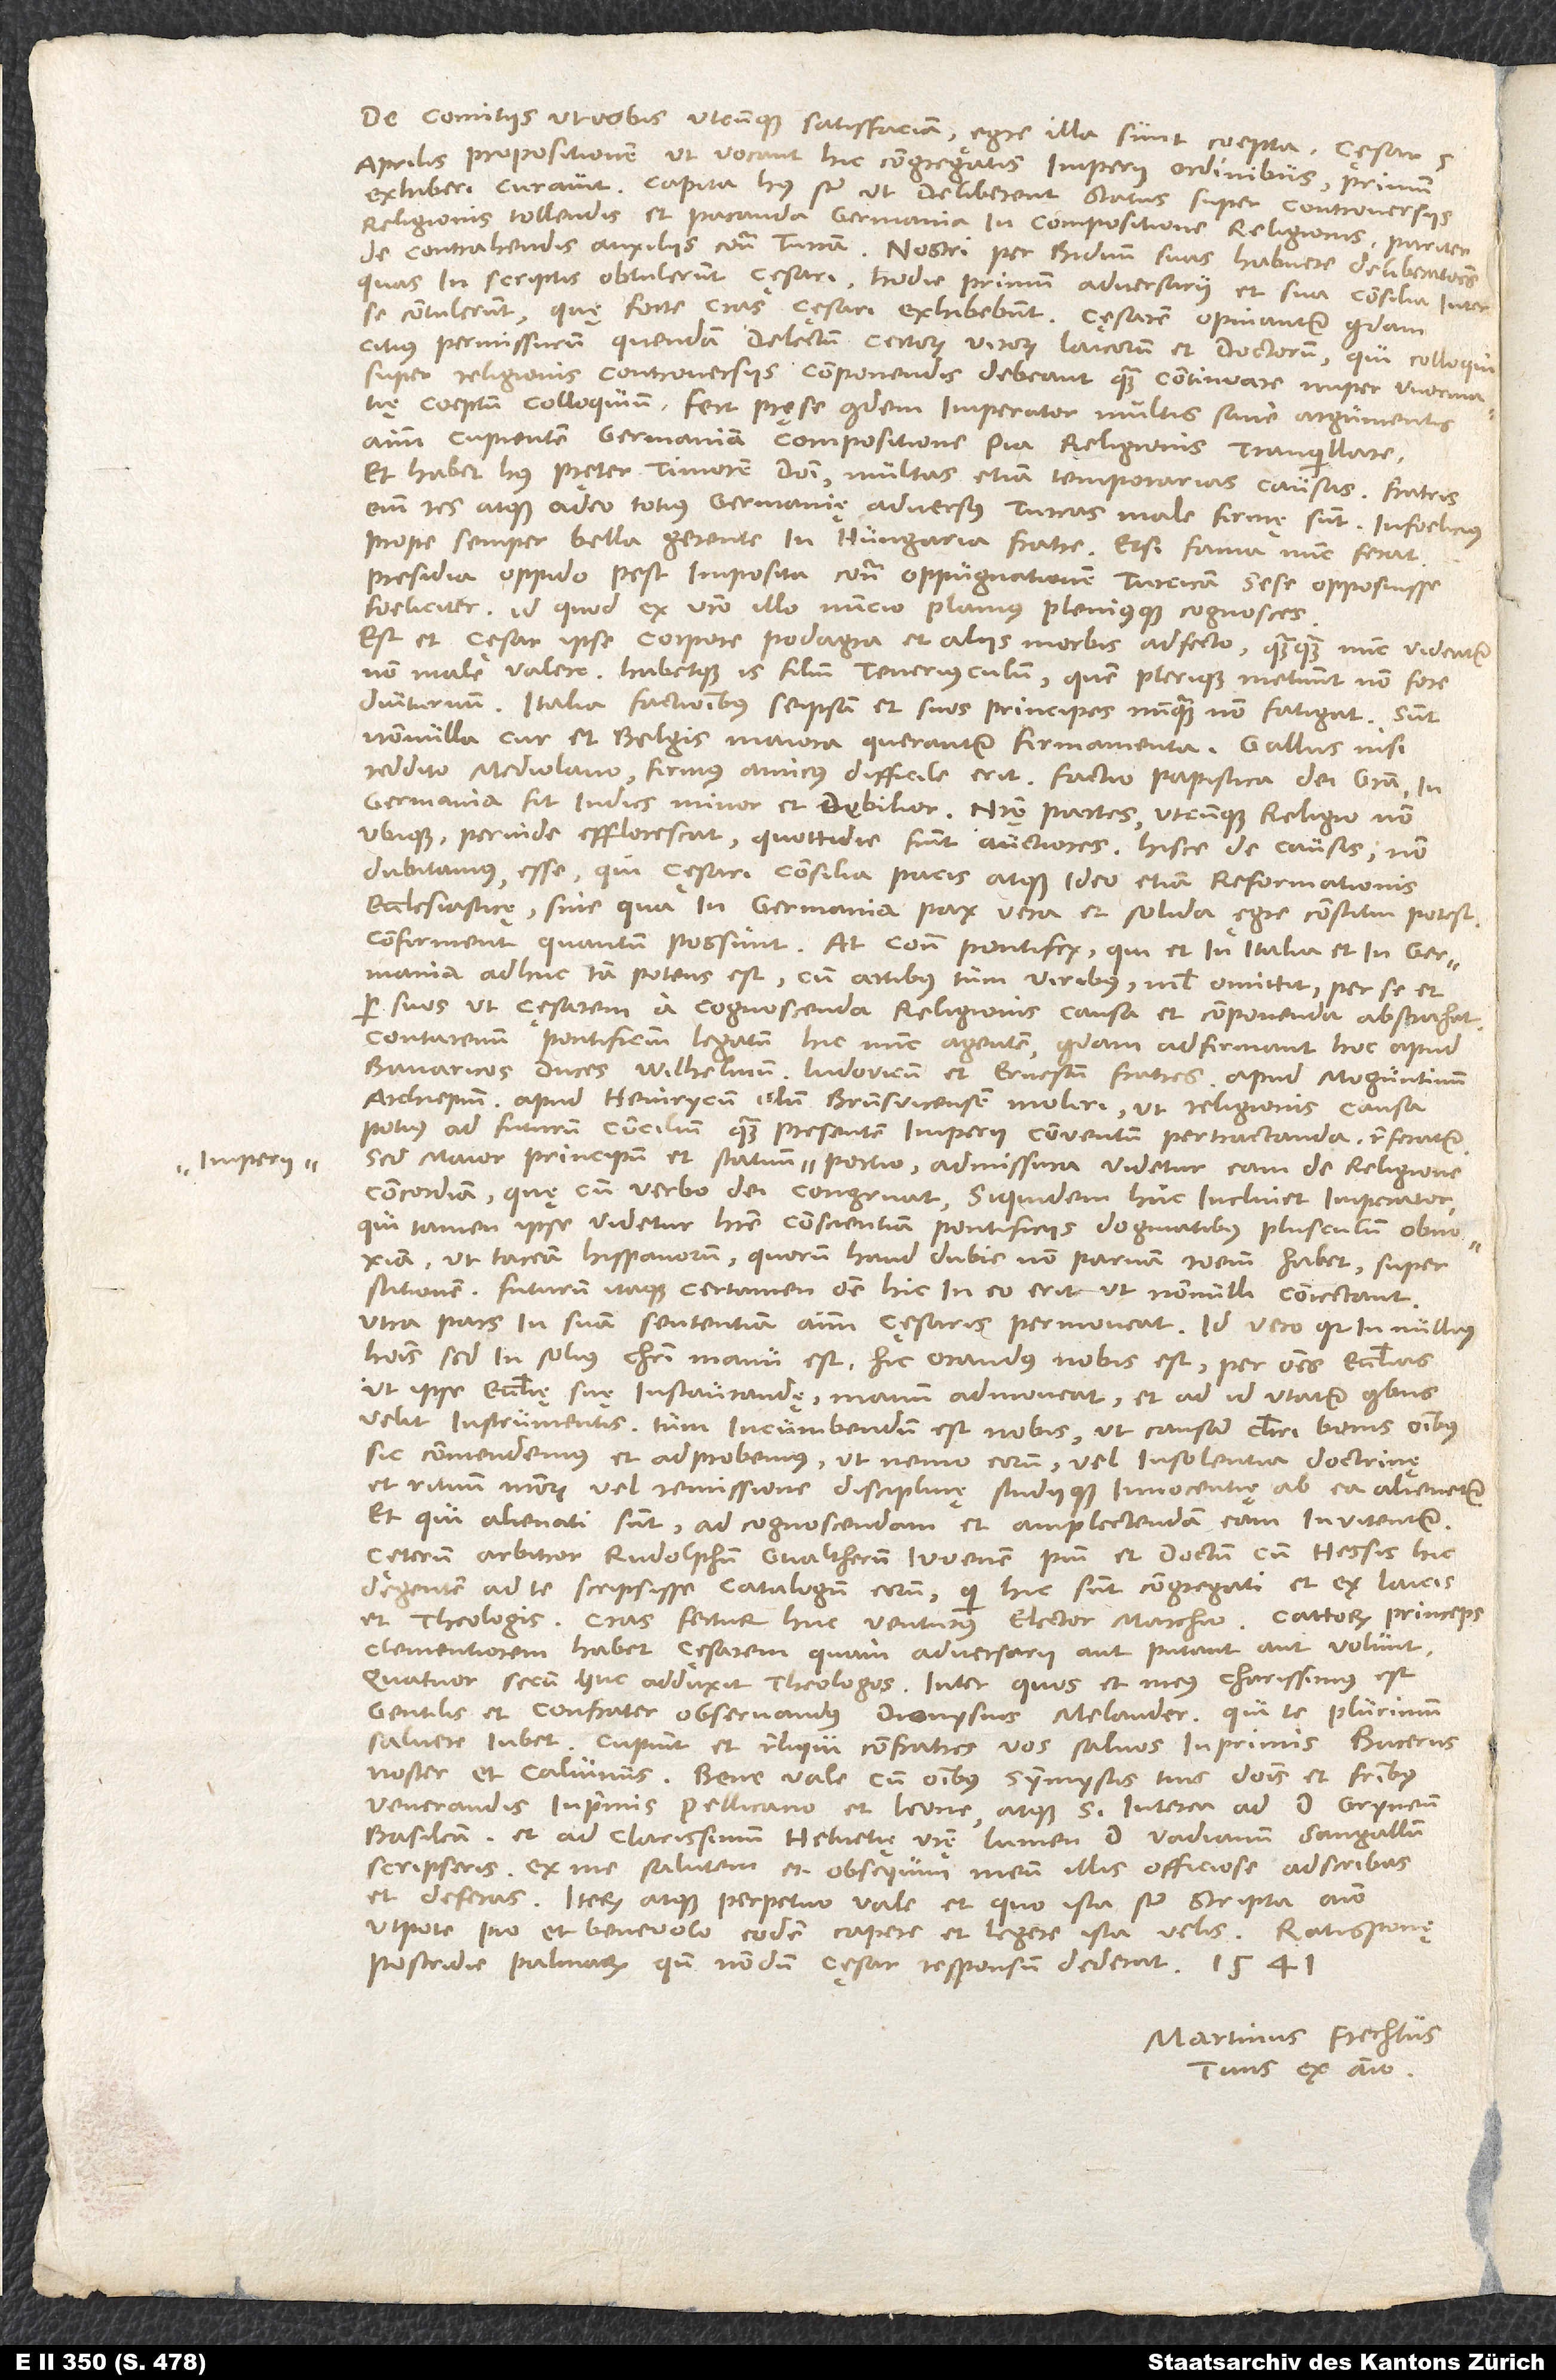
De comitiis ut vobis utcunque satisfaciam: Ęgre illa sunt coepta. Cęsar 5.
aprilis propositionem, ut vocant, hic congregatis imperii ordinibus primum
exhiberi curavit. Capita huius sunt, ut deliberent status super controversiis
religionis tollendis et pacanda Germania in compositione religionis, pariter
de contrahendis auxiliis contra Turcam. Nostri per biduum suas habuere deliberationes,
quas in scriptis obtulerunt cęsari. Hodie primum adversarii et sua consilia inter
se contulerunt, quę forte cras cęsari exhibebunt. Cęsarem opinantur quidam
citius permissurum quendam delectum certorum virorum laicorum et doctorum, qui colloqui
super religionis controversiis componendis debeant, quam continuare nuper Wormatię
coeptum colloquium. Fert prę se quidem imperator multis sane argumentis
animum cupientem Germaniam compositione pia religionis tranquillare
et habet huius pręter timorem domini multas etiam temporarias causas. Fratris
enim res atque adeo totius Germanię adversus Turcas male firmę sunt infoelicius
prope semper bella gerente in Hungaria fratre, etsi fama nunc ferat
presidia oppido Pest imposita contra oppugnationem Turcicam sese opposuisse
foeliciter, id quod ex vestro illo nuncio planius pleniusque cognosces.
Est et cęsar ipse corpore podagra et aliis morbis adfecto, quanquam nunc videatur
non male valere, habetque is filium teneriusculum, quem plerique metuunt non fore
diuturnum. Italia factionibus seipsam et suos principes nunquam non fatigat. Sunt
nonnulla, cur et Belgis maiora querantur firmamenta. Gallus nisi
reddito Mediolano firmus amicus difficile erit. Factio papistica dei gratia in
Germania fit indies minor et debilior. Nostrę partes, utcunque religio non
ubique perinde efflorescat, quottidie fiunt auctiores. Hisce de causis non
dubitamus esse, qui cęsari consilia pacis atque ideo etiam reformationis
ecclesiasticę, sine qua in Germania pax vera et solida ęgre constitui potest,
confirment, quantum possunt. At contra pontifex, qui et in Italia et in Germania
adhuc tam potens est, cum artibus tum viribus nihil omittit per se et
per suos, ut cęsarem a cognoscenda religionis causa et componenda abstrahat.
Contarenum pontificium legatum hic nunc agentem quidam adfirmant hoc apud
Bavaricos duces Wilhelmum, Ludovicum et Ernestum fratres, apud Moguntinum
archiepiscopum, apud Heinrycum illum Brunsvicensem moliri, ut religionis causa
potius ad futurum concilium quam presentem imperii conventum pertractanda referatur.
Sed maior principum et statuum imperii portio admissura videtur eam de religione
concordiam, quę cum verbo dei congruat, siquidem huc inclinet imperator,
qui tamen ipse videtur habere conscientiam pontificiis dogmatibus plusculum obnoxiam,
ut taceam Hispanorum, quorum haud dubie non parvam rationem habet, superstitionem.
Futurum itaque certamen omne hic in eo erit, ut nonnulli coniectant,
utra pars in suam sententiam animum cęsaris permoveat. Id vero quia in nullius
hominis, sed in solius Christi manu est, hic orandus nobis est per omnes ecclesias,
ut ipse ecclesię suę instaurandę manum admoveat et ad id utatur, quibus
velit, instrumentis. Tum incumbendum est nobis, ut causam Christi bonis omnibus
sic commendemus et adprobemus, ut nemo eorum vel insolentia doctrinę
et rituum nostrorum vel remissione disciplinę studiique innocentię ab ea alienetur,
et qui alienati sunt, ad cognoscendam et amplectendam eam invitentur.
Cęterum arbitror Rudolphum Gvaltherum, iuvenem pium et doctum cum Hessis hic
degentem, ad te scripsisse catalogum eorum, qui hic sunt congregati et ex laicis
et theologis. Cras fertur huc venturus elector marchio; Cattorum princeps
clementiorem habet cęsarem, quam adversarii aut putant aut volunt.
Quatuor secum huc adduxit theologos, inter quos et meus charissimus est
gentilis et confrater observandus Dionysius Melander, qui te plurimum
salvere iubet. Cupiunt et reliqui confratres vos salvos, inprimis Bucerus
noster et Calvinus. Bene vale cum omnibus symmystis tuis, dominis et fratribus
venerandis, inprimis Pellicano et Leone, atque si interea ad d. Gryneum
Basileam et ad clarissimum Helvetię vestrę lumen d. Vadianum Sangallum
scripseris, ex me salutem et obsequium meum illis officiose adscribas
et deferas. Iterum atque perpetuo vale, et quo ista sunt scripta animo,
utpote pio et benevolo, eodem capere et legere ista velis. Ratisponę,
postridie palmarum, quando nondum cęsar responsum dederat, 1541.
Martinus Frechtus
tuus ex animo.